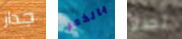
جدار بالذعر بطلا